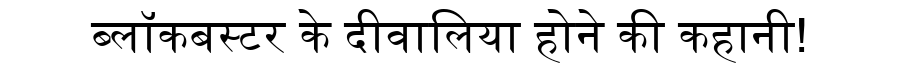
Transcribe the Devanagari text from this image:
ब्लॉकबस्टर के दीवालिया होने की कहानी!